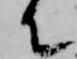
て